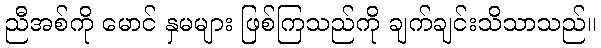
ညီအစ်ကို မောင် နှမများ ဖြစ်ကြသည်ကို ချက်ချင်းသိသာသည်။